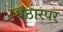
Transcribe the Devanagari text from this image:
पठारपर